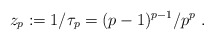
\begin{align*} z_p : =1/\tau_p = (p-1)^{p-1}/p^p \ .\end{align*}